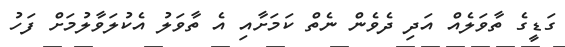
ގަޑީގެ ތާވަލެއް އަދި ދެވެން ނެތް ކަމަށާއި އެ ތާވަލު އެކުލަވާލުމަށް ފަހު